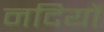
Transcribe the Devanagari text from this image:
नदियों